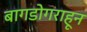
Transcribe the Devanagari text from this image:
बागडोगराहून